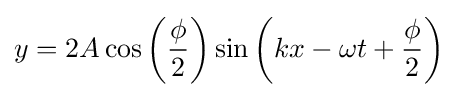
y=2A\cos \left({\frac {\phi }{2}}\right)\sin \left(kx-\omega t+{\frac {\phi }{2}}\right)\,\!